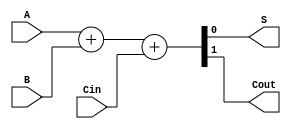
`timescale 1ns / 1ps
//////////////////////////////////////////////////////////////////////////////////
// Company: 
// Engineer: 
// 
// Design Name: 
// Module Name: FA
// Project Name: 
// Target Devices: 
// Tool Versions: 
// Description: 
// 
// Dependencies: 
// 
// Revision:
// Revision 0.01 - File Created
// Additional Comments:
// 
//////////////////////////////////////////////////////////////////////////////////


module FA(
    input   wire    A,
    input   wire    B,
    input   wire    Cin,
    output  wire    S,
    output  wire    Cout
    );

    assign {Cout, S} = A + B + Cin;

endmodule